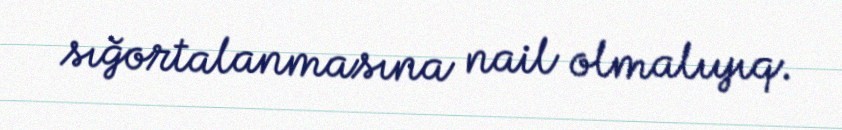
sığortalanmasına nail olmalıyıq.